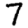
Digit: 7